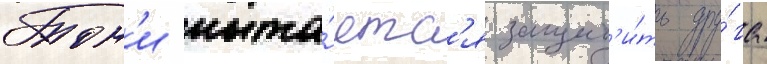
Тон'и пыта́етс'я защит'и́ть дру́га